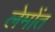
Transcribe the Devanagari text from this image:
लेमोंत